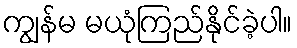
ကျွန်မ မယုံကြည်နိုင်ခဲ့ပါ။